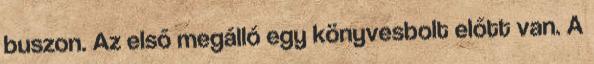
buszon. Az első megálló egy könyvesbolt előtt van. A